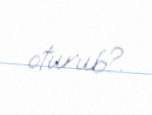
oturub?.